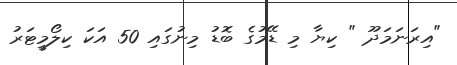
"އިރަނަމަދޫ " ކިޔާ މި ޑޭމުގެ ބޮޑު މިނުގައި 50 އަކަ ކިލޯމީޓަރު